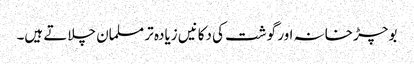
بوچڑ خانہ اور گوشت کی دکانیں زیادہ تر مسلمان چلاتے ہیں۔